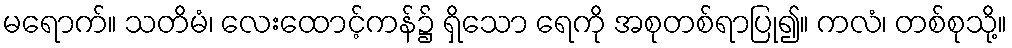
မရောက်။ သတိမံ၊ လေးထောင့်ကန်၌ ရှိသော ရေကို အစုတစ်ရာပြု၍။ ကလံ၊ တစ်စုသို့။